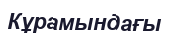
Кұрамындағы